Vaccine operations Central Provinces 1868-1885 - 1868-1885
Year: 1868
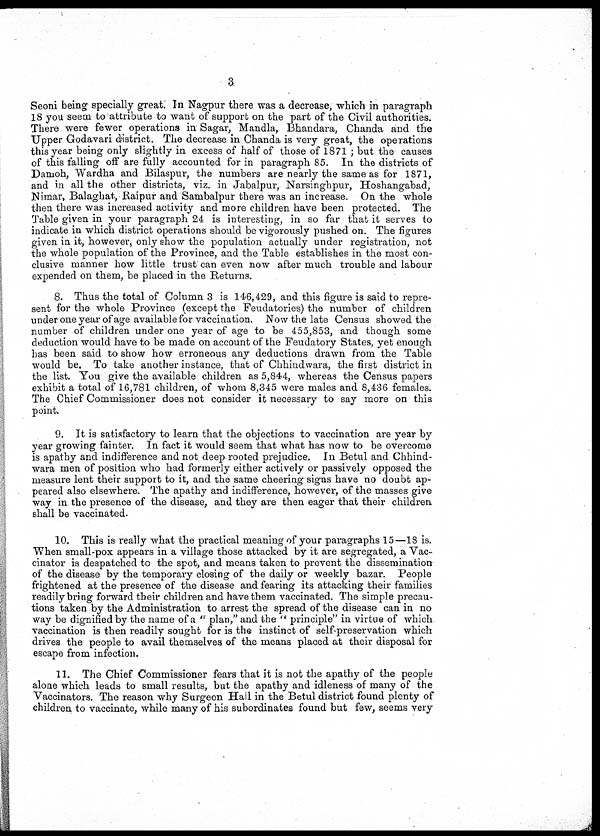
3
Seoni being specially great. In Nagpur there was a decrease, which in paragraph
18 you seem to attribute to want of support on the part of the Civil authorities.
There were fewer operations in Sagar, Mandla, Bhandara, Chanda and the
Upper Godavari district. The decrease in Chanda is very great, the operations
this year being only slightly in excess of half of those of 1871 ; but the causes
of this falling off are fully accounted for in paragraph 85. In the districts of
Damoh, Wardha and Bilaspur, the numbers are nearly the same as for 1871,
and in all the other districts, viz. in Jabalpur, Narsinghpur, Hoshangabad,
Nimar, Balaghat, Raipur and Sambalpur there was an increase. On the whole
then there was increased activity and more children have been protected. The
Table given in your paragraph 24 is interesting, in so far that it serves to
indicate in which district operations should be vigorously pushed on. The figures
given in it, however, only show the population actually under registration, not
the whole population of the Province, and the Table establishes in the most con-
clusive manner how little trust can even now after much trouble and labour
expended on them, be placed in the Returns.
8. Thus the total of Column 3 is 146,429, and this figure is said to repre-
sent for the whole Province (except the Feudatories) the number of children
under one year of age available for vaccination. Now the late Census showed the
number of children under one year of age to be 455,853, and though some
deduction would have to be made on account of the Feudatory States, yet enough
has been said to-show how erroneous any deductions drawn from the Table
would be. To take another instance, that of Chhindwara, the first district in
the list. You give the available children as 5,844, whereas the Census papers
exhibit a total of 16,781 children, of whom 8,345 were males and 8,436 females.
The Chief Commissioner does not consider it necessary to say more on this
point.
9. It is satisfactory to learn that the objections to vaccination are year by
year growing fainter. In fact it would seem that what has now to be overcome
is apathy and indifference and not deep rooted prejudice. In Betul and Chhind-
wara men of position who had formerly either actively or passively opposed the
measure lent their support to it, and the same cheering signs have no doubt ap-
peared also elsewhere. The apathy and indifference, however, of the masses give
way in the presence of the disease, and they are then eager that their children
shall be vaccinated.
10. This is really what the practical meaning of your paragraphs 15—18 is.
When small-pox appears in a village those attacked by it are segregated, a Vac-
cinator is despatched to the spot, and means taken to prevent the dissemination
of the disease by the temporary closing of the daily or weekly bazar. People
frightened at the presence of the disease and fearing its attacking their families
readily bring forward their children and have them vaccinated. The simple precau-
tions taken by the Administration to arrest the spread of the disease can in no
way be dignified by the name of a "plan," and the "principle" in virtue of which
vaccination is then readily sought for is the instinct of self-preservation which
drives the people to avail themselves of the means placed at their disposal for
escape from infection.
11. The Chief Commissioner fears that it is not the apathy of the people
alone which leads to small results, but the apathy and idleness of many of the
Vaccinators. The reason why Surgeon Hall in the Betul district found plenty of
children to vaccinate, while many of his subordinates found but few, seems very